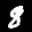
Label: 8